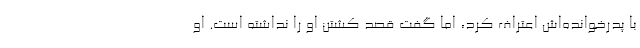
با پدرخوانده‌اش اعتراف کرد، اما گفت قصد کشتن او را نداشته است. او